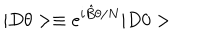
| D \theta > \equiv e ^ { i \hat { B } \theta / N } | D 0 >